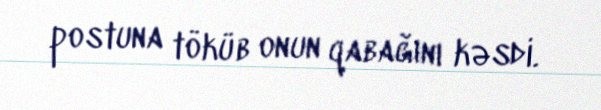
postuna töküb onun qabağını kəsdi.